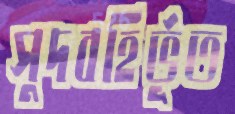
সুদবহির্ভূত